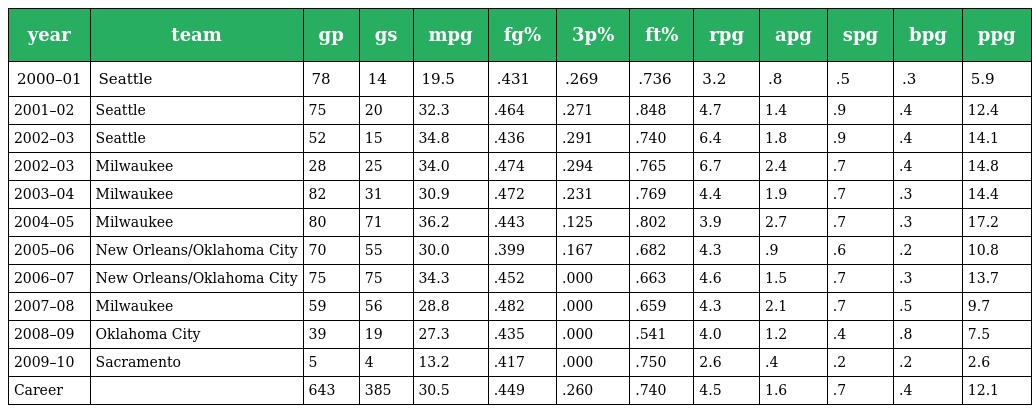
| year | team | gp | gs | mpg | fg% | 3p% | ft% | rpg | apg | spg | bpg | ppg |
 | --- | --- | --- | --- | --- | --- | --- | --- | --- | --- | --- | --- | --- |
 | 2000–01 | Seattle | 78 | 14 | 19.5 | .431 | .269 | .736 | 3.2 | .8 | .5 | .3 | 5.9 |
 | 2001–02 | Seattle | 75 | 20 | 32.3 | .464 | .271 | .848 | 4.7 | 1.4 | .9 | .4 | 12.4 |
 | 2002–03 | Seattle | 52 | 15 | 34.8 | .436 | .291 | .740 | 6.4 | 1.8 | .9 | .4 | 14.1 |
 | 2002–03 | Milwaukee | 28 | 25 | 34.0 | .474 | .294 | .765 | 6.7 | 2.4 | .7 | .4 | 14.8 |
 | 2003–04 | Milwaukee | 82 | 31 | 30.9 | .472 | .231 | .769 | 4.4 | 1.9 | .7 | .3 | 14.4 |
 | 2004–05 | Milwaukee | 80 | 71 | 36.2 | .443 | .125 | .802 | 3.9 | 2.7 | .7 | .3 | 17.2 |
 | 2005–06 | New Orleans/Oklahoma City | 70 | 55 | 30.0 | .399 | .167 | .682 | 4.3 | .9 | .6 | .2 | 10.8 |
 | 2006–07 | New Orleans/Oklahoma City | 75 | 75 | 34.3 | .452 | .000 | .663 | 4.6 | 1.5 | .7 | .3 | 13.7 |
 | 2007–08 | Milwaukee | 59 | 56 | 28.8 | .482 | .000 | .659 | 4.3 | 2.1 | .7 | .5 | 9.7 |
 | 2008–09 | Oklahoma City | 39 | 19 | 27.3 | .435 | .000 | .541 | 4.0 | 1.2 | .4 | .8 | 7.5 |
 | 2009–10 | Sacramento | 5 | 4 | 13.2 | .417 | .000 | .750 | 2.6 | .4 | .2 | .2 | 2.6 |
 | Career |  | 643 | 385 | 30.5 | .449 | .260 | .740 | 4.5 | 1.6 | .7 | .4 | 12.1 |